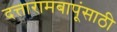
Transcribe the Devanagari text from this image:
दत्तारामबापूंसाठी